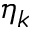
\eta _ { k }